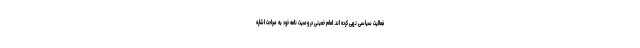
فعالیت سیاسی نهی کرده اند. امام خمینی در وصیت نامه خود به صراحت اشاره